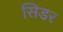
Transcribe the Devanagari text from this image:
सिडर